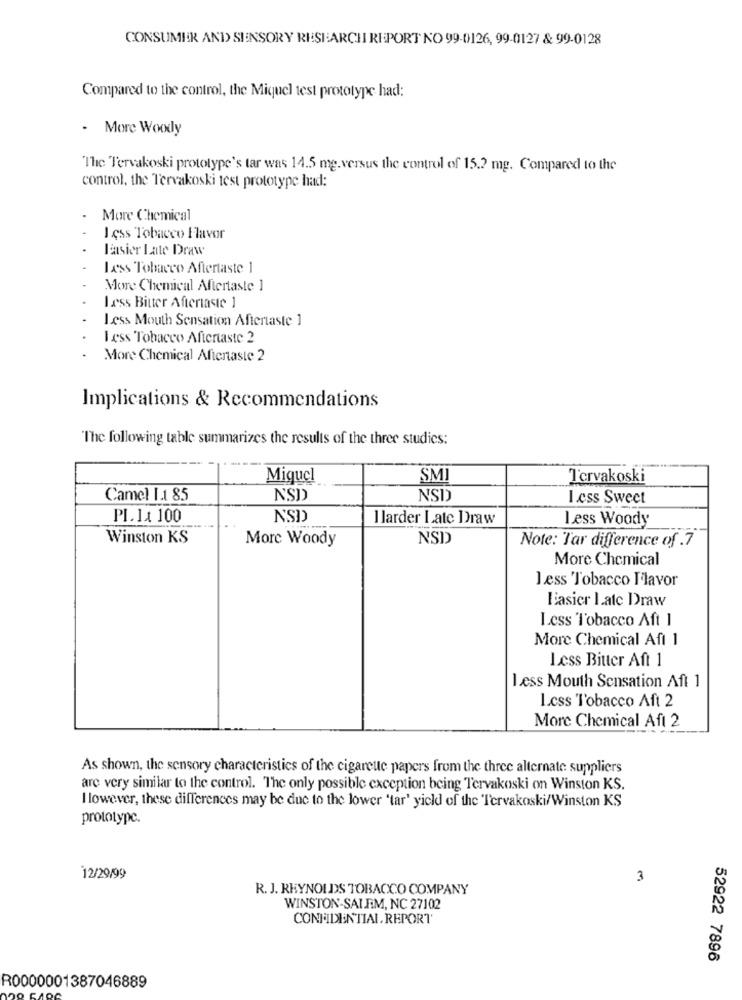
CONSUMER AND SENSORY RESEARCHI REPORT NO 99-0126, 99-0127 & 99-0128
Compared to the control, the Miquel test prototype had:
- More Woody
"The Tervakoski prototype's tar was 14.5 mg.versus the control of 15.2 mg. Compared to the
control, the Tervakoski test prototype had:
More Chemical
I css Tobacco Flavor
Lasier Late Draw
Lass Tobacco Aftertaste 1
More Chemical Aftertaste 1
Less Bitter Aftertaste 1
Less Mouth Sensation Aftertaste 1
Less Tobacco Aftertaste 2
More Chemical Aftertaste 2
Implications & Recommendations
"The following table summarizes the results of the three studies:
Miguel
SMI
T'ervakoski
Camel 1.1 85
NSD)
NSD
Less Sweet
PI. Ix 100
NSD
I larder Late Draw
Less Woody
Winston KS
More Woody
NSD
Note: Tar difference of .7
More Chemical
Less Tobacco I'lavor
Easier late Draw
Less Tobacco Aft 1
More Chemical Aft 1
Less Bitter Aft 1
Less Mouth Sensation Aft 1
L.css Tobacco Aft 2
More Chemical Aft 2
As shown, the sensory characteristics of the cigarette papers from the three alternate suppliers
are very similar to the control. The only possible exception being Tervakoski on Winston KS.
I lowever, these differences may be due to the lower 'tar' yield of the Tervakoski/Winston KS
prototype.
12/29/99
3
R. J. REYNOLDS TOBACCO COMPANY
WINSTON-SALEM, NC 27102
CONFIDENTIAL, REPORT
52922 7896
R0000001387046889